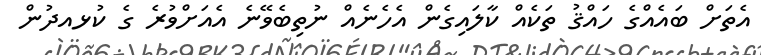
އެތަށް ބައެއްގެ ހައްޤު ތަކެއް ކާލައިގެން އެހެނެއް ނުތިބެވޭނެ އެއަށްވުރެ ގެ ކުޅއދުން